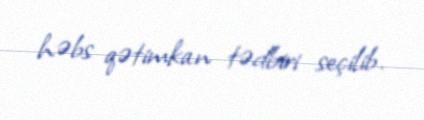
həbs qətimkan tədbiri seçilib.